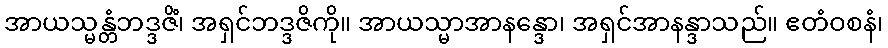
အာယသ္မန္တံဘဒ္ဒဇိံ၊ အရှင်ဘဒ္ဒဇိကို။ အာယသ္မာအာနန္ဒော၊ အရှင်အာနန္ဒာသည်။ ဧတံဝစနံ၊